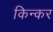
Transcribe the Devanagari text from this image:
किन्कर